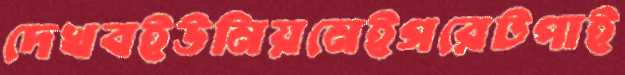
দেখবইউনিয়নেইগরেটপাই